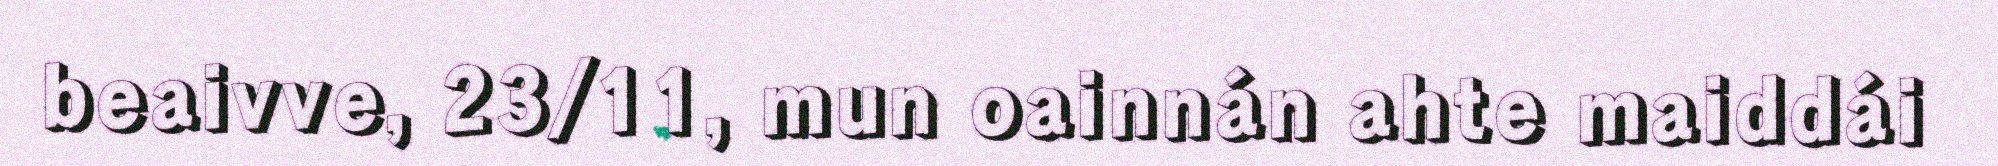
beaivve, 23/11, mun oainnán ahte maiddái